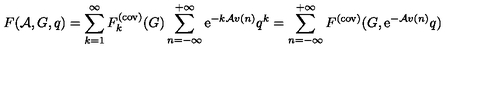
F ( { \cal A } , G , q ) = \sum _ { k = 1 } ^ { \infty } F _ { k } ^ { ( \mathrm { c o v ) } } ( G ) \sum _ { n = - \infty } ^ { + \infty } \mathrm { e } ^ { - k { \cal A } v ( n ) } q ^ { k } = \sum _ { n = - \infty } ^ { + \infty } F ^ { ( \mathrm { c o v ) } } ( G , \mathrm { e } ^ { - { \cal A } v ( n ) } q )